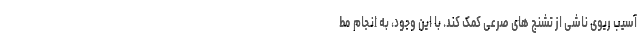
آسیب ریوی ناشی از تشنج های صرعی کمک کند. با این وجود، به انجام مط